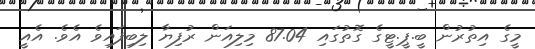
މީގެ އިތުރުން ބީ.ޕީ.ޓީގެ ގޮތުގައި 87.04 މިލިއަން ރުފިޔާ ލިބިފައިވެ އެވެ. އެއީ